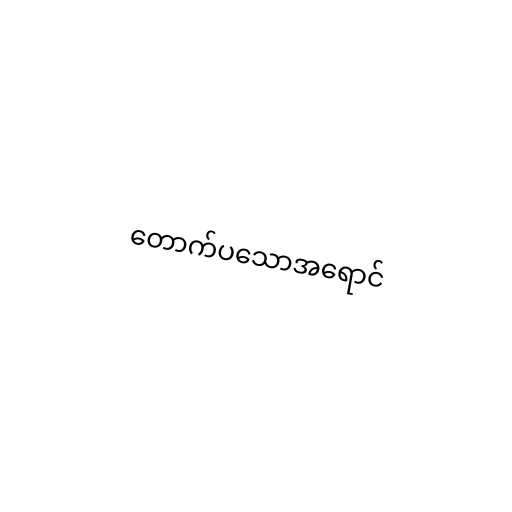
တောက်ပသောအရောင်